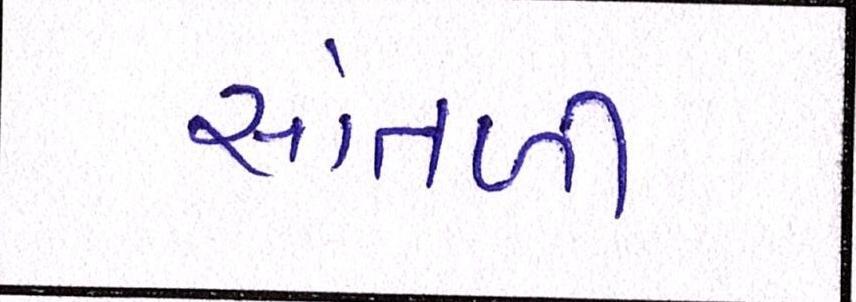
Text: સાંતળી